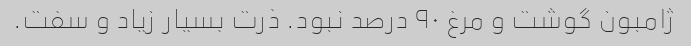
ژامبون گوشت و مرغ ۹۰ درصد نبود. ذرت بسیار زیاد و سفت.